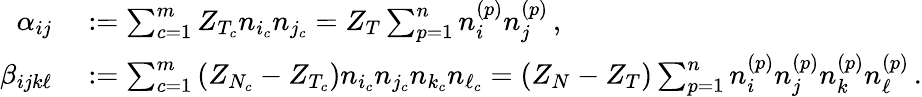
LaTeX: \begin{array}{rl}{\alpha_{ij}}&{{}:=\sum_{c=1}^{m}Z_{T_{c}}n_{i_{c}}n_{j_{c}}=Z_{T}\sum_{p=1}^{n}n_{i}^{(p)}n_{j}^{(p)}\, ,}\\ {\beta_{ijk\ell}}&{{}:=\sum_{c=1}^{m}\left(Z_{N_{c}}-Z_{T_{c}}\right)n_{i_{c}}n_{j_{c}}n_{k_{c}}n_{\ell_{c}}=(Z_{N}-Z_{T})\sum_{p=1}^{n}n_{i}^{(p)}n_{j}^{(p)}n_{k}^{(p)}n_{\ell}^{(p)}\, .}\end{array}